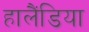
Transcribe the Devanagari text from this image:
हालैंडिया